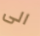
الى